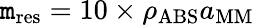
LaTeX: \mathtt{m}_{\mathrm{{res}}}=10\times\rho_{\mathrm{{ABS}}}a_{\mathrm{{MM}}}